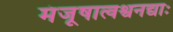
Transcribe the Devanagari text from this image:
मंजूषात्वश्वनद्याः